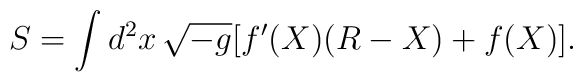
S = \int d^2x\, \sqrt{-g} [f'(X)(R-X) + f(X)].